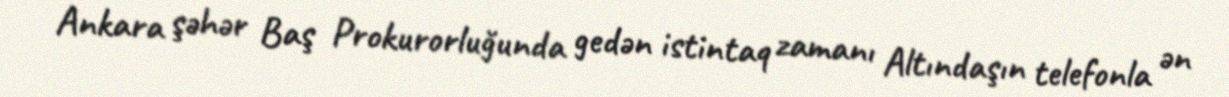
Ankara şəhər Baş Prokurorluğunda gedən istintaq zamanı Altındaşın telefonla ən